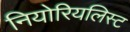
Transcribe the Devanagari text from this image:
नियोरियलिस्ट